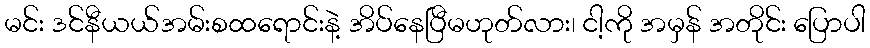
မင်း ဒင်နီယယ်အမ်းစထရောင်းနဲ့ အိပ်နေပြီမဟုတ်လား၊ ငါ့ကို အမှန် အတိုင်း ပြောပါ